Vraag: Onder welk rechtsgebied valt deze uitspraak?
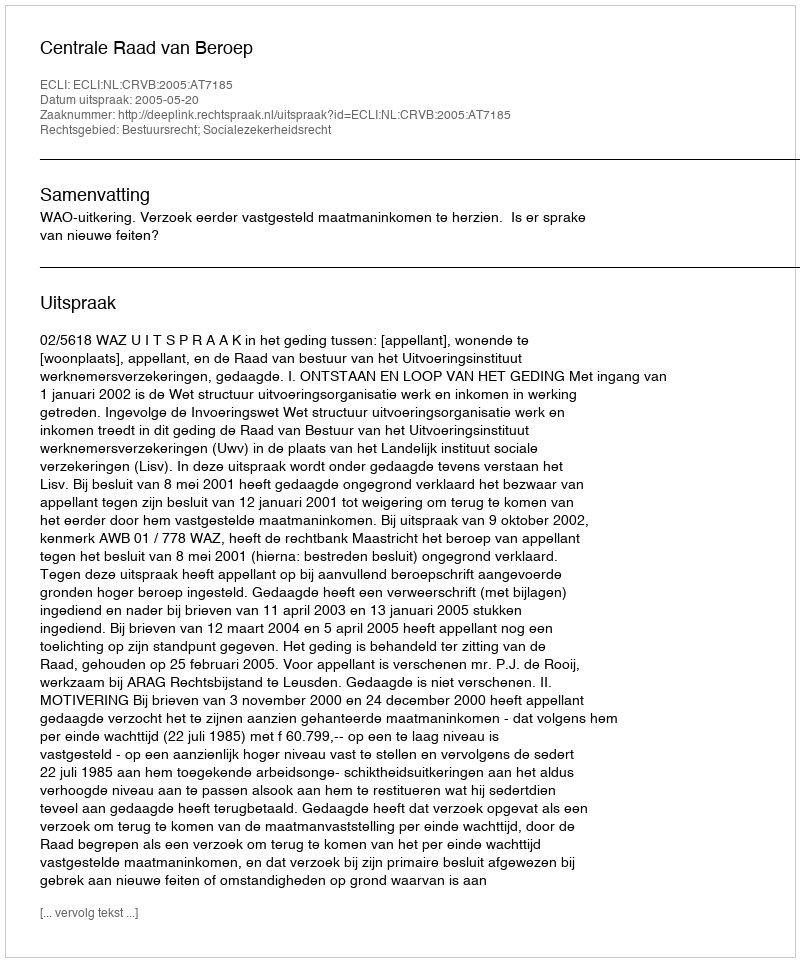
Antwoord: Bestuursrecht; Socialezekerheidsrecht